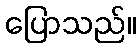
ပြောသည်။